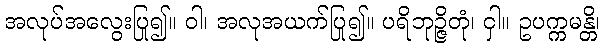
အလုပ်အလွေးပြု၍။ ဝါ၊ အလုအယက်ပြု၍။ ပရိဘုဉ္ဇိတုံ၊ ငှါ။ ဥပက္ကမန္တိ၊